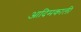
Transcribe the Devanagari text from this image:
आदिमकाली